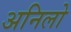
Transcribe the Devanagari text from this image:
अनिलो